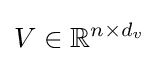
V\in \mathbb {R} ^{n\times d_{v}}